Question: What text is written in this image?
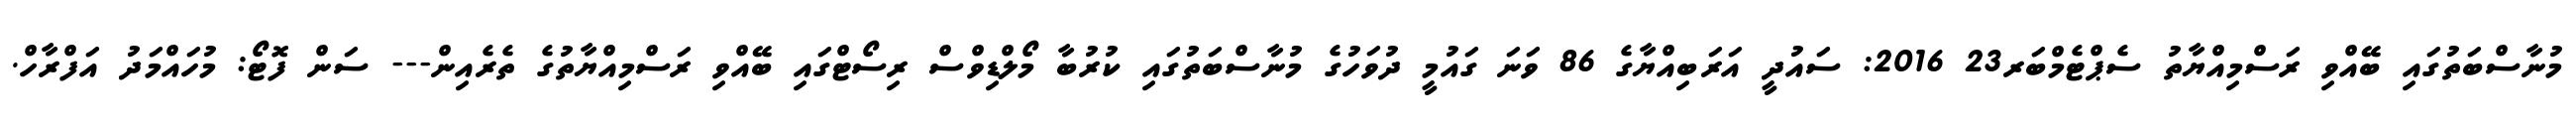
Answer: މުނާސްބަތުގައި ބޭއްވި ރަސްމިއްޔާތު ސެޕްޓެމްބަރ23 2016: ސައުދީ އަރަބިއްޔާގެ 86 ވަނަ ގައުމީ ދުވަހުގެ މުނާސްބަތުގައި ކުރުބާ މޯލްޑިވްސް ރިސޯޓްގައި ބޭއްވި ރަސްމިއްޔާތުގެ ތެރެއިން--- ސަން ފޮޓޯ: މުހައްމަދު އަފްރާހް.